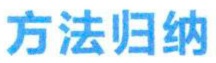
方法归纳